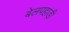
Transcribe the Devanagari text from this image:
बेलपहाड़ी